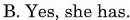
B.Yes, she has.